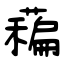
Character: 藊